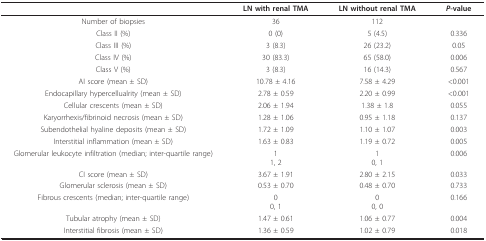
<table><thead><tr><td></td><td><b>LN with renal TMA</b></td><td><b>LN without renal TMA</b></td><td><b><i>P</i>-value</b></td></tr></thead><tbody><tr><td>Number of biopsies</td><td>36</td><td>112</td><td></td></tr><tr><td>Class II (%)</td><td>0 (0)</td><td>5 (4.5)</td><td>0.336</td></tr><tr><td>Class III (%)</td><td>3 (8.3)</td><td>26 (23.2)</td><td>0.05</td></tr><tr><td>Class IV (%)</td><td>30 (83.3)</td><td>65 (58.0)</td><td>0.006</td></tr><tr><td>Class V (%)</td><td>3 (8.3)</td><td>16 (14.3)</td><td>0.567</td></tr><tr><td>AI score (mean ± SD)</td><td>10.78 ± 4.16</td><td>7.58 ± 4.29</td><td>&lt;0.001</td></tr><tr><td>Endocapillary hypercellualrity (mean ± SD)</td><td>2.78 ± 0.59</td><td>2.20 ± 0.99</td><td>&lt;0.001</td></tr><tr><td>Cellular crescents (mean ± SD)</td><td>2.06 ± 1.94</td><td>1.38 ± 1.8</td><td>0.055</td></tr><tr><td>Karyorrhexis/fibrinoid necrosis (mean ± SD)</td><td>1.28 ± 1.06</td><td>0.95 ± 1.18</td><td>0.137</td></tr><tr><td>Subendothelial hyaline deposits (mean ± SD)</td><td>1.72 ± 1.09</td><td>1.10 ± 1.07</td><td>0.003</td></tr><tr><td>Interstitial inflammation (mean ± SD)</td><td>1.63 ± 0.83</td><td>1.19 ± 0.72</td><td>0.005</td></tr><tr><td>Glomerular leukocyte infiltration (median; inter-quartile range)</td><td>11, 2</td><td>10, 1</td><td>0.006</td></tr><tr><td>CI score (mean ± SD)</td><td>3.67 ± 1.91</td><td>2.80 ± 2.15</td><td>0.033</td></tr><tr><td>Glomerular sclerosis (mean ± SD)</td><td>0.53 ± 0.70</td><td>0.48 ± 0.70</td><td>0.733</td></tr><tr><td>Fibrous crescents (median; inter-quartile range)</td><td>00, 1</td><td>00, 0</td><td>0.166</td></tr><tr><td>Tubular atrophy (mean ± SD)</td><td>1.47 ± 0.61</td><td>1.06 ± 0.77</td><td>0.004</td></tr><tr><td>Interstitial fibrosis (mean ± SD)</td><td>1.36 ± 0.59</td><td>1.02 ± 0.79</td><td>0.018</td></tr></tbody></table>